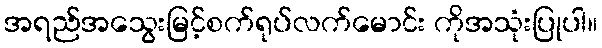
အရည်အသွေးမြင့်စက်ရုပ်လက်မောင်း ကိုအသုံးပြုပါ။